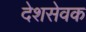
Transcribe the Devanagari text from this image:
देशसेवक